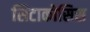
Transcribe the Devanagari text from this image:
सिटाकोसिस